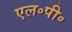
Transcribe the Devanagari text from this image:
एल॰पी॰